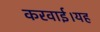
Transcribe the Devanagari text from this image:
करवाई।यह